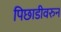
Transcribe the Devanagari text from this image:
पिछाडीवरुन